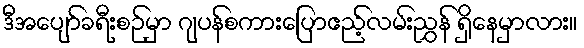
ဒီအပျော်ခရီးစဉ်မှာ ဂျပန်စကားပြောဧည့်လမ်းညွှန် ရှိနေမှာလား။